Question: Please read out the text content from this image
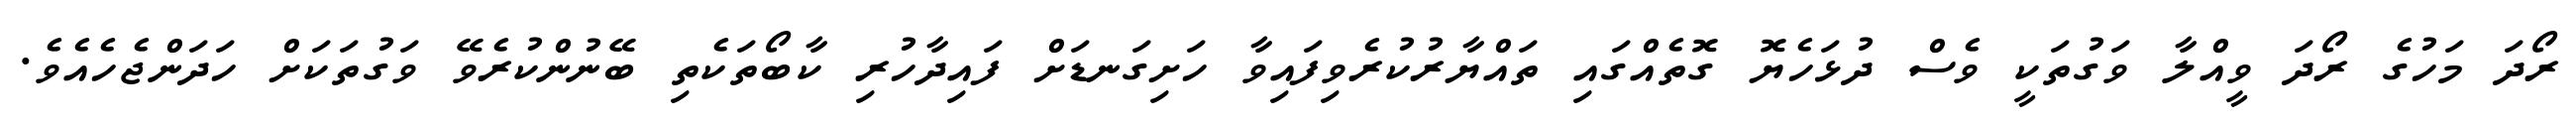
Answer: ރޯދަ މަހުގެ ރޯދަ ވީއްލާ ވަގުތަކީ ވެސް ދުޅަހެޔޮ ގޮތެއްގައި ތައްޔާރުކުރެވިފައިވާ ހަށިގަނޑަށް ފައިދާހުރި ކާބޯތަކެތި ބޭނުންކުރެވޭ ވަގުތަކަށް ހަދަންޖެހެއެވެ.